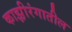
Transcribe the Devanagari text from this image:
काझ़ीरंगातील